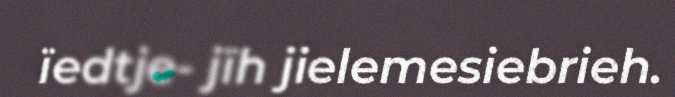
ïedtje- jïh jielemesiebrieh.